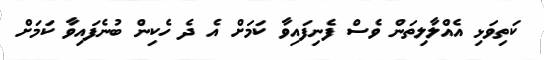
ކަތިވަޅި އެއްލާލިތަން ވެސް ފެނިފައިވާ ކަމަށް އެ ދެ ހެކިން ބުނެފައިވާ ކަމަށް